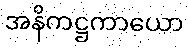
အနိကဋ္ဌကာယော